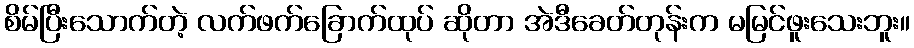
စိမ်ပြီးသောက်တဲ့ လက်ဖက်ခြောက်ထုပ် ဆိုတာ အဲဒီခေတ်တုန်းက မမြင်ဖူးသေးဘူး။